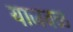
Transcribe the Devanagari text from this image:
याजवळ